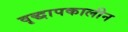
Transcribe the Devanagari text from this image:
वृद्धापकालीन